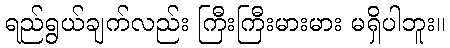
ရည်ရွယ်ချက်လည်း ကြီးကြီးမားမား မရှိပါဘူး။